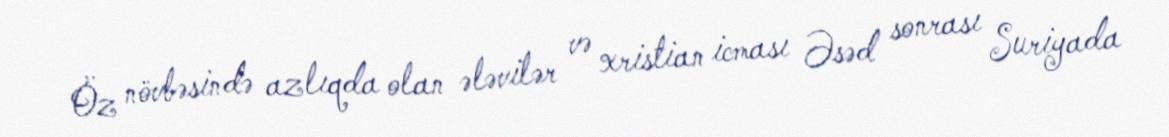
Öz növbəsində azlıqda olan ələvilər və xristian icması Əsəd sonrası Suriyada